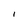
Character: I